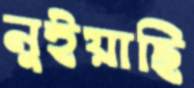
নুইয়াছি